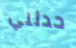
حدثني